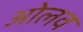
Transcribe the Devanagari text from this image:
ओलव